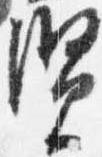
賢